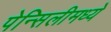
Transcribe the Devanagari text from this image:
पेन्सिलीमध्ये